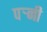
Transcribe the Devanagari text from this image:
पर्‍नी